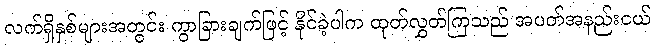
လက်ရှိနှစ်များအတွင်း ကွာခြားချက်ဖြင့် နိုင်ခဲ့ပါက ထုတ်လွှတ်ကြသည် အပတ်အနည်းငယ်